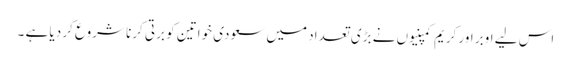
اس لیے اوبر اور کریم کمپنیوں نے بڑی تعداد میں سعودی خواتین کو برتی کرنا شروع کر دیا ہے ۔